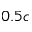
0 . 5 c